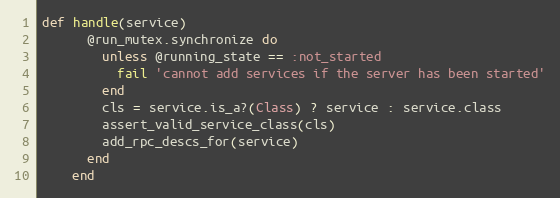
Language: Ruby
def handle(service)
      @run_mutex.synchronize do
        unless @running_state == :not_started
          fail 'cannot add services if the server has been started'
        end
        cls = service.is_a?(Class) ? service : service.class
        assert_valid_service_class(cls)
        add_rpc_descs_for(service)
      end
    end